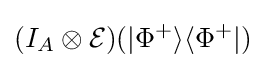
(I_{A}\otimes {\mathcal {E}})(|\Phi ^{+}\rangle \langle \Phi ^{+}|)